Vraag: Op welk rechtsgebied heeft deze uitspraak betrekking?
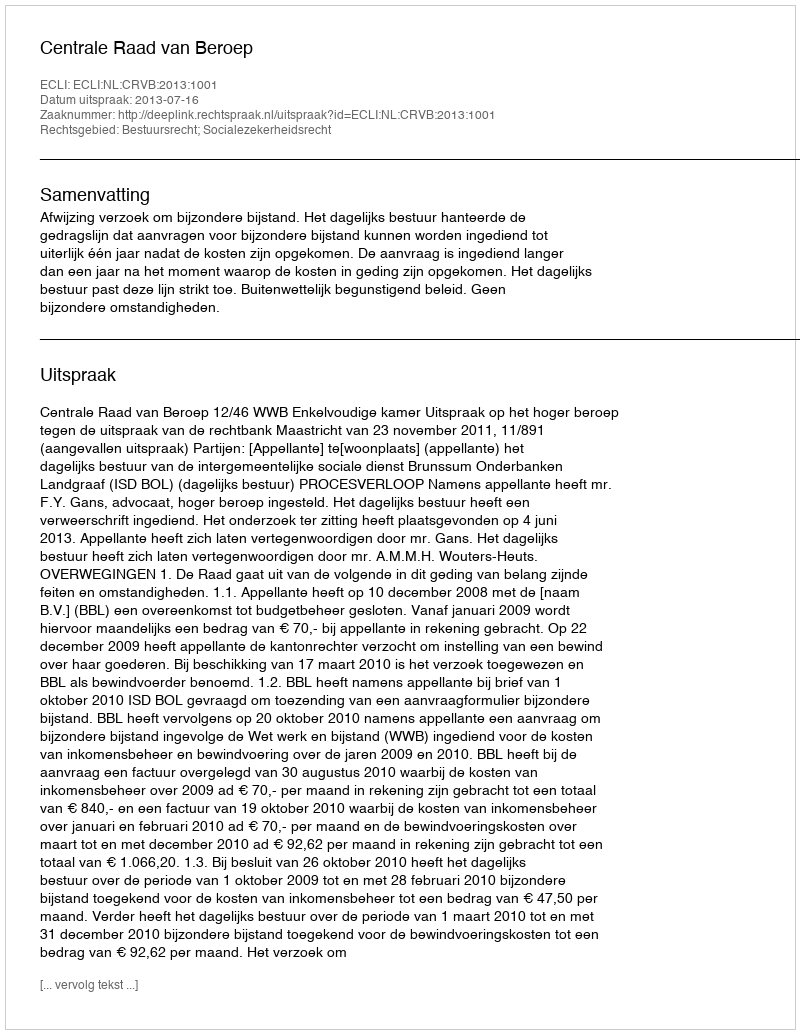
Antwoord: Bestuursrecht; Socialezekerheidsrecht